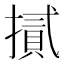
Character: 𢴧